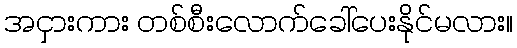
အငှားကား တစ်စီးလောက်ခေါ်ပေးနိုင်မလား။